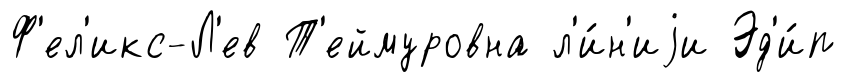
Ф'ел'икс-Л'ев Т'еймуровна л'и́н'иjи Эд'и́п